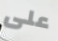
على